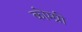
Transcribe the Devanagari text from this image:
कोम्प्री